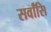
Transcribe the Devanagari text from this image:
सर्वांसि